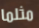
مثلما